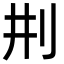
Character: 㓝